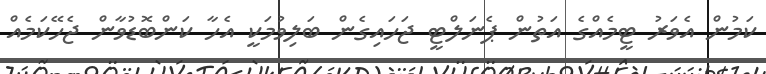
ކަމުން އެވަރު ޓީމެއްގެ އަތުން ޕެނަލްޓީ ޖަހައިގެން ބަލިވުމަކީ އެހާ ކަންބޮޑުވާން ޖެހޭކަމެއް